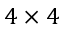
4 \times 4